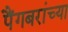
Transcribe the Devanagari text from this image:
पैंगबरांच्या